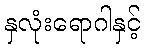
နှလုံးရောဂါနှင့်